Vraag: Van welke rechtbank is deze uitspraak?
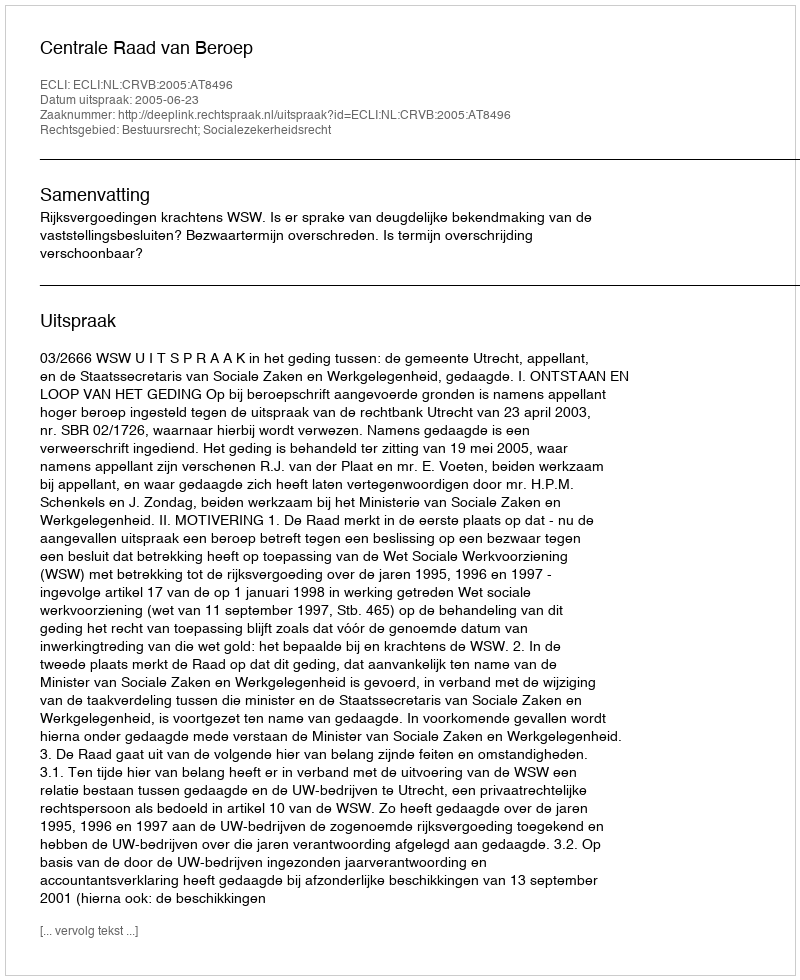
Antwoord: Centrale Raad van Beroep